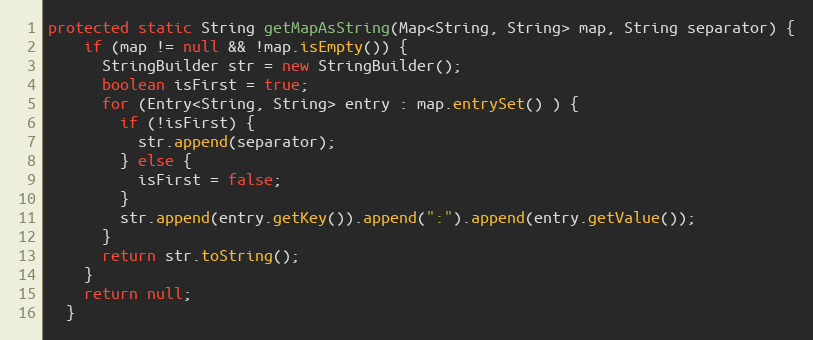
Language: Java
protected static String getMapAsString(Map<String, String> map, String separator) {
    if (map != null && !map.isEmpty()) {
      StringBuilder str = new StringBuilder();
      boolean isFirst = true;
      for (Entry<String, String> entry : map.entrySet() ) {
        if (!isFirst) {
          str.append(separator);
        } else {
          isFirst = false;
        }
        str.append(entry.getKey()).append(":").append(entry.getValue());
      }
      return str.toString();
    }
    return null;
  }